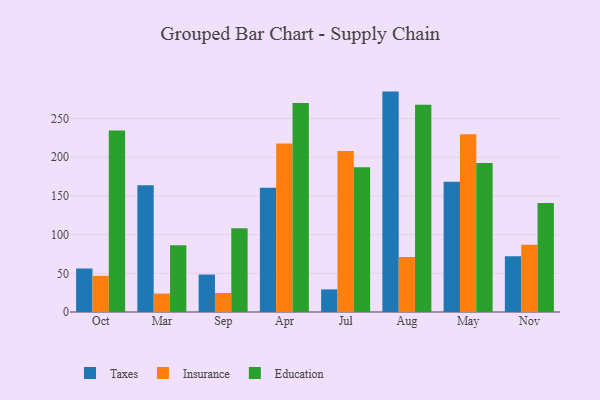
{"axis": {"x": "Month", "y": "Customer Acquisition Cost (USD)"}, "legend": ["Education", "Insurance", "Taxes"], "data": [{"x": "Oct", "y": 56.2, "type": "Taxes"}, {"x": "Oct", "y": 46.8, "type": "Insurance"}, {"x": "Oct", "y": 234.6, "type": "Education"}, {"x": "Mar", "y": 163.7, "type": "Taxes"}, {"x": "Mar", "y": 23.8, "type": "Insurance"}, {"x": "Mar", "y": 86.1, "type": "Education"}, {"x": "Sep", "y": 48.4, "type": "Taxes"}, {"x": "Sep", "y": 24.6, "type": "Insurance"}, {"x": "Sep", "y": 108.2, "type": "Education"}, {"x": "Apr", "y": 160.5, "type": "Taxes"}, {"x": "Apr", "y": 217.8, "type": "Insurance"}, {"x": "Apr", "y": 270.0, "type": "Education"}, {"x": "Jul", "y": 29.2, "type": "Taxes"}, {"x": "Jul", "y": 208.2, "type": "Insurance"}, {"x": "Jul", "y": 187.1, "type": "Education"}, {"x": "Aug", "y": 284.8, "type": "Taxes"}, {"x": "Aug", "y": 71.2, "type": "Insurance"}, {"x": "Aug", "y": 267.9, "type": "Education"}, {"x": "May", "y": 168.2, "type": "Taxes"}, {"x": "May", "y": 229.8, "type": "Insurance"}, {"x": "May", "y": 192.5, "type": "Education"}, {"x": "Nov", "y": 71.9, "type": "Taxes"}, {"x": "Nov", "y": 87.0, "type": "Insurance"}, {"x": "Nov", "y": 140.8, "type": "Education"}]}